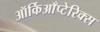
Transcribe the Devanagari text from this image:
ऑर्किआँप्टेरिक्स